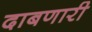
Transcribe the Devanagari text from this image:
दाबणारी